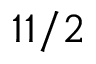
1 1 / 2